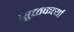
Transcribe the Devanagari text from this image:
सूक्तकर्त्या